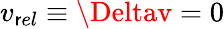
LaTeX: v_{\mathsf{r}el}\equiv\Deltav=0